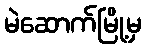
မဲဆောက်မြို့မှ